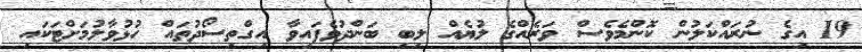
19 އިގެ ނުރައްކަލުން ކޮންމެވެސް ވަރެއްގެ ލުޔެއް ލިބި ބަންދުވެފައިވާ އިގްތިސޯދުތައް ހުޅުވާލުމަށްޓަކައި